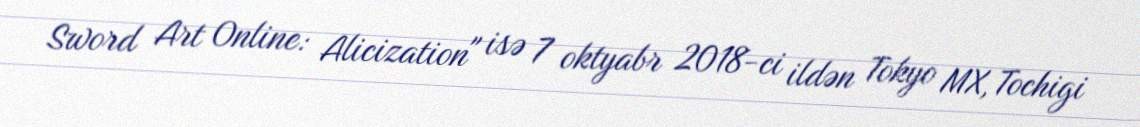
Sword Art Online: Alicization" isə 7 oktyabr 2018-ci ildən Tokyo MX, Tochigi